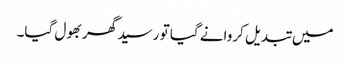
میں تبدیل کروانے گیا تو رسید گھر بھول گیا۔